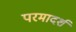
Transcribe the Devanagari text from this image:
परमादर्श